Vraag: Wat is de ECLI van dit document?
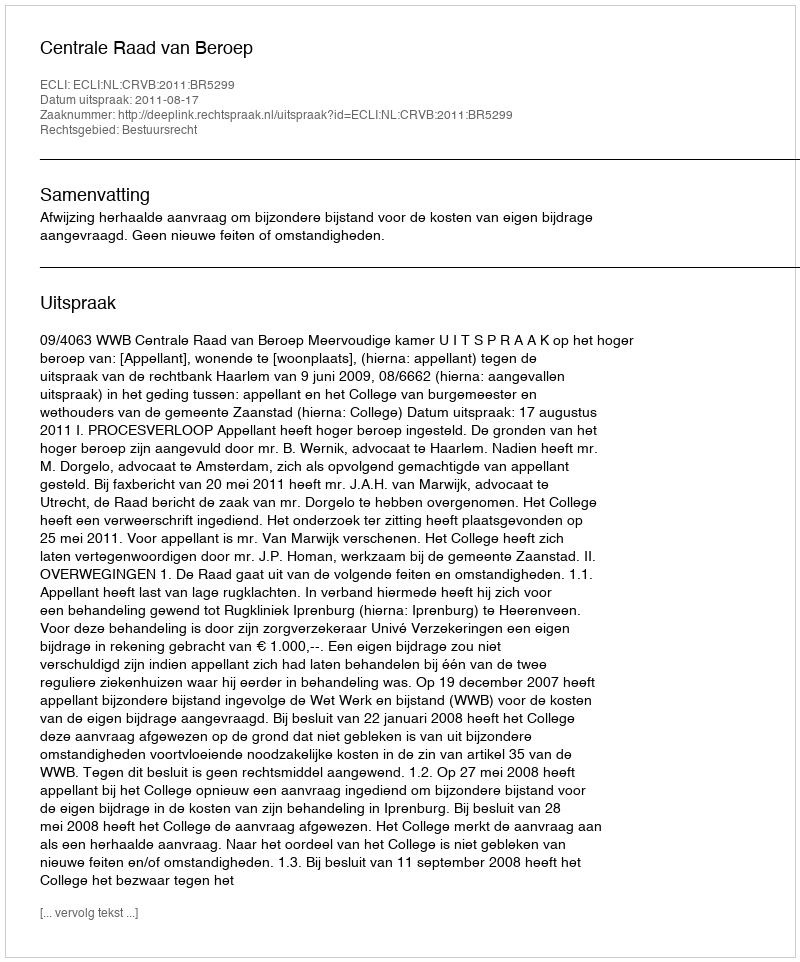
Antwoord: ECLI:NL:CRVB:2011:BR5299